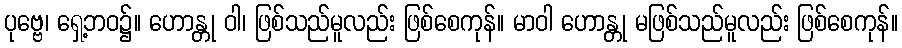
ပုဗ္ဗေ၊ ရှေ့ဘဝ၌။ ဟောန္တု ဝါ၊ ဖြစ်သည်မူလည်း ဖြစ်စေကုန်။ မာဝါ ဟောန္တု မဖြစ်သည်မူလည်း ဖြစ်စေကုန်။